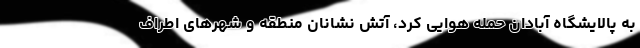
به پالایشگاه آبادان حمله هوایی کرد، آتش نشانان منطقه و شهرهای اطراف